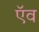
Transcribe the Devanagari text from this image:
ऍव